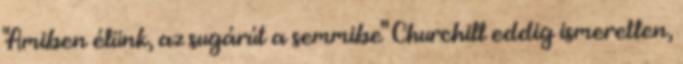
"Amiben élünk, az sugárút a semmibe" Churchill eddig ismeretlen,